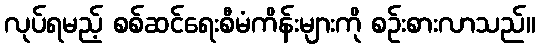
လုပ်ရမည့် စစ်ဆင်ရေးစီမံကိန်းများကို စဉ်းစားလာသည်။